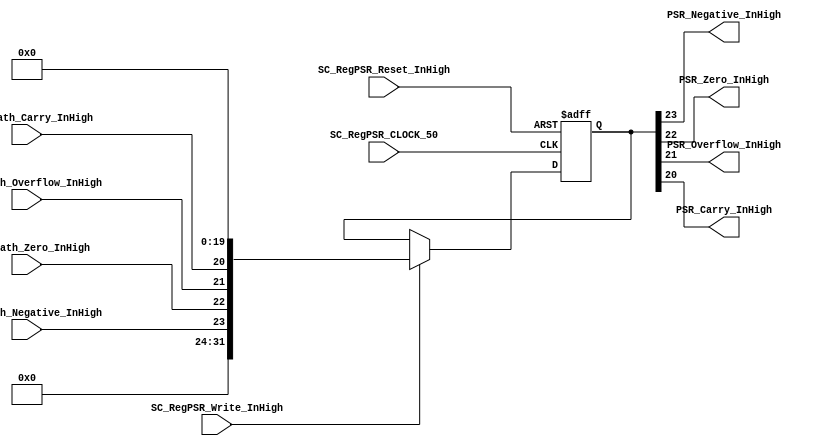
//##########################################################################
//######					G0B1T HDL EXAMPLES											####
//######	Fredy Enrique Segura-Quijano fsegura@uniandes.edu.co				####   
//######																						####   
//######				MODIFICADO: Marzo de 2018 - FES								####   
//##########################################################################
//# G0B1T
//# Copyright (C) 2018 Bogot, Colombia
//# 
//# This program is free software: you can redistribute it and/or modify
//# it under the terms of the GNU General Public License as published by
//# the Free Software Foundation, version 3 of the License.
//#
//# This program is distributed in the hope that it will be useful,
//# but WITHOUT ANY WARRANTY; without even the implied warranty of
//# MERCHANTABILITY or FITNESS FOR A PARTICULAR PURPOSE.  See the
//# GNU General Public License for more details.
//#
//# You should have received a copy of the GNU General Public License
//# along with this program.  If not, see <http://www.gnu.org/licenses/>.
//#/
//###########################################################################

//=======================================================
//  MODULE Definition
//=======================================================
module SC_RegPSR #(parameter DATAWIDTH_BUS=32, parameter DATA_REGGEN_INIT=32'h00000000)(
	//////////// OUTPUTS //////////
	PSR_Negative_InHigh,
	PSR_Zero_InHigh,
	PSR_Overflow_InHigh,
	PSR_Carry_InHigh,
	//////////// INPUTS //////////
	SC_RegPSR_CLOCK_50,
	SC_RegPSR_Reset_InHigh,
	SC_RegPSR_Write_InHigh,
	uDataPath_Negative_InHigh,
	uDataPath_Zero_InHigh,
	uDataPath_Overflow_InHigh,
	uDataPath_Carry_InHigh
);
//=======================================================
//  PARAMETER declarations
//=======================================================

//=======================================================
//  PORT declarations
//=======================================================
	output PSR_Negative_InHigh;
	output PSR_Zero_InHigh;
	output PSR_Overflow_InHigh;
	output PSR_Carry_InHigh;
	input			SC_RegPSR_CLOCK_50;
	input			SC_RegPSR_Reset_InHigh;
	input			SC_RegPSR_Write_InHigh;
	input			uDataPath_Negative_InHigh;
	input			uDataPath_Zero_InHigh;
	input			uDataPath_Overflow_InHigh;
	input			uDataPath_Carry_InHigh;
//=======================================================
//  REG/WIRE declarations
//=======================================================
	reg [DATAWIDTH_BUS-1:0] RegPSR_Register;
	reg [DATAWIDTH_BUS-1:0] RegPSR_Signal;
//=======================================================
//  Structural coding
//=======================================================
//INPUT LOGIC: COMBINATIONAL
	always @ (*)
	if (SC_RegPSR_Write_InHigh == 1)	
		RegPSR_Signal = {8'b0, uDataPath_Negative_InHigh, uDataPath_Zero_InHigh, uDataPath_Overflow_InHigh,uDataPath_Carry_InHigh ,20'b0};
	else 	
		RegPSR_Signal = RegPSR_Register;

// REGISTER : SEQUENTIAL
	always @ ( negedge SC_RegPSR_CLOCK_50 , posedge SC_RegPSR_Reset_InHigh)
	if (SC_RegPSR_Reset_InHigh==1)
		RegPSR_Register <= DATA_REGGEN_INIT;
	else
		RegPSR_Register <= RegPSR_Signal;
//=======================================================
//  Outputs
//=======================================================
// OUTPUT LOGIC : COMBINATIONAL
// OUTPUT GENERAL- ONLY USED WITH R1
	assign PSR_Negative_InHigh =RegPSR_Register[23];
	assign PSR_Zero_InHigh =RegPSR_Register[22];
	assign PSR_Overflow_InHigh =RegPSR_Register[21];
	assign PSR_Carry_InHigh =RegPSR_Register[20];
endmodule